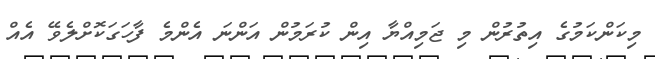
މިކަންކަމުގެ އިތުރުން މި ޖަމިއްޔާ އިން ކުރަމުން އަންނަ އެންމެ ފާހަގަކޮށްލެވޭ އެއް